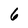
Character: 6